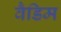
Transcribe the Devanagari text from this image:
वैडिम